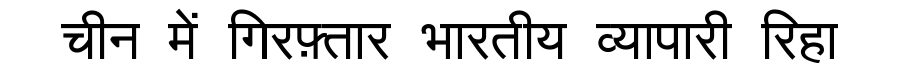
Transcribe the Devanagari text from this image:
चीन में गिरफ़्तार भारतीय व्यापारी रिहा